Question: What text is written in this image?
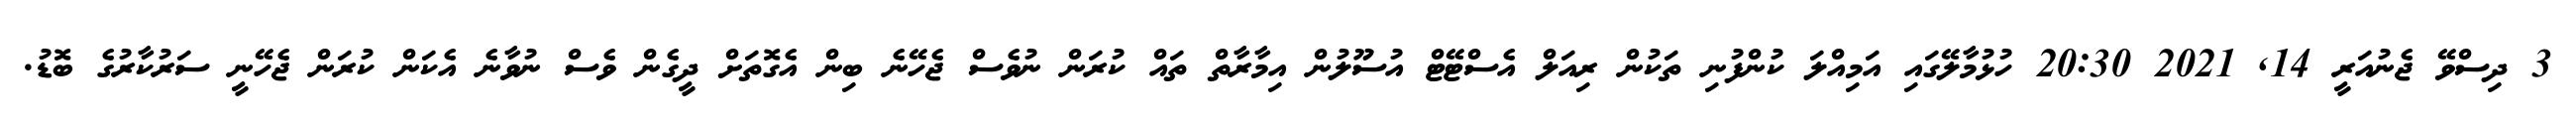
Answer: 3 ދިސްވޭ ޖެނުއަރީ 14, 2021 20:30 ހުޅުމާލޭގައި އަމިއްލަ ކުންފުނި ތަކުން ރިއަލް އެސްޓޭޓް އުސޫލުން އިމާރާތް ތައް ކުރަން ނުވެސް ޖެހޭނެ ބިން އެގޮތަށް ދީގެން ވެސް ނުވާނެ އެކަން ކުރަން ޖެހޭނީ ސަރުކާރުގެ ބޮޑު.